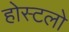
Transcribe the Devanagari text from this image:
होस्टलो